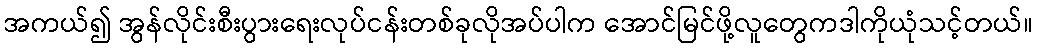
အကယ်၍ အွန်လိုင်းစီးပွားရေးလုပ်ငန်းတစ်ခုလိုအပ်ပါက အောင်မြင်ဖို့လူတွေကဒါကိုယုံသင့်တယ်။